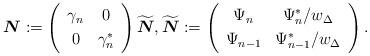
LaTeX: \begin{align*}{\boldsymbol N} := \left(\begin{array}{cc} \gamma_n & 0 \smallskip \\ 0 & \gamma_n^* \end{array}\right) \widetilde{\boldsymbol N}, \widetilde{\boldsymbol N}:=\left(\begin{array}{cc} \Psi_n & \Psi_n^*/w_\Delta \smallskip \\ \Psi_{n-1} & \Psi_{n-1}^*/w_\Delta \end{array}\right).\end{align*}